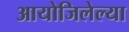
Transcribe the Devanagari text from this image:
आयोजिलेल्या